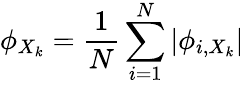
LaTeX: \phi_{X_{k}}=\frac{1}{N}\sum_{i=1}^{N}|\phi_{i,X_{k}}|